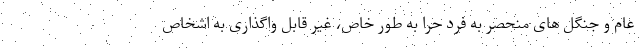
عام و جنگل های منحصر به فرد حرّا به طور خاص، غیر قابل واگذاری به اشخاص